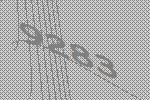
9283